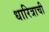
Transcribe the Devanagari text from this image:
धारित्राची